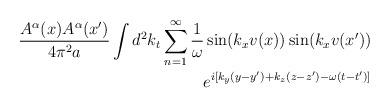
LaTeX: \begin{align*}\frac{A^\alpha (x) A^\alpha (x')} {4 \pi ^{2}a} \int d^2k_{t} \sum_{n=1}^{\infty }\frac{1}{\omega } \sin(k_xv(x))\sin(k_xv(x')) \\e^{i[k_y(y-y')+k_z(z-z')-\omega (t-t')]} \end{align*}